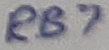
Text: RB7